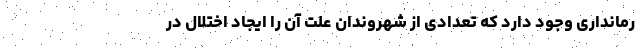
رمانداری وجود دارد که تعدادی از شهروندان علت آن را ایجاد اختلال در